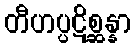
တီဟပ္ပဋိစ္ဆန္နာ